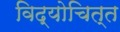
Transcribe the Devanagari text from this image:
विद्योचित्त